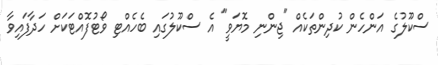
ސްކޫލުގެ އަންހެން ކުދިންތަކެއް "ޖިންނި މޮޔަވީ" އެ ސްކޫލުގައި ބެހެއްޓި ވޯޓުފޮއްޓަކަށް ހަދާފައިވާ